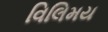
વિલિમય